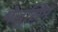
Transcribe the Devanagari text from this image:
पेलुसिम